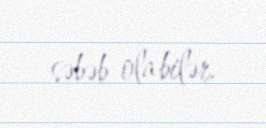
səbəb ola bilər.